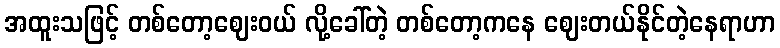
အထူးသဖြင့် တစ်တော့ဈေးဝယ် လို့ခေါ်တဲ့ တစ်တော့ကနေ ဈေးတယ်နိုင်တဲ့နေရာဟာ